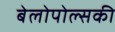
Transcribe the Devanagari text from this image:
बेलोपोल्सकी